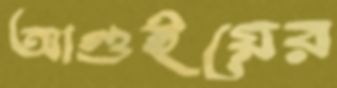
আগুইয়ের